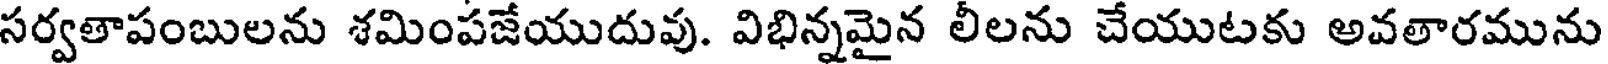
సర్వతాపంబులను శమింపజేయుదువు. విభిన్నమైన లీలను చేయుటకు అవతారమును